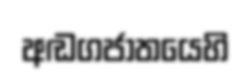
අඬගජාතයෙහි